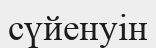
сүйенуін